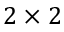
2 \times 2